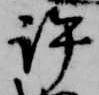
許